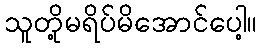
သူတို့မရိပ်မိအောင်ပေါ့။